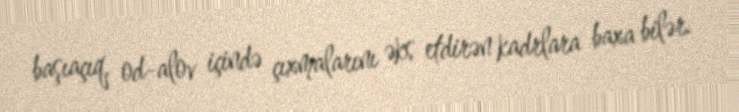
başıaçıq, od-alov içində çıxmalarını əks etdirən kadrlara baxa bilər.